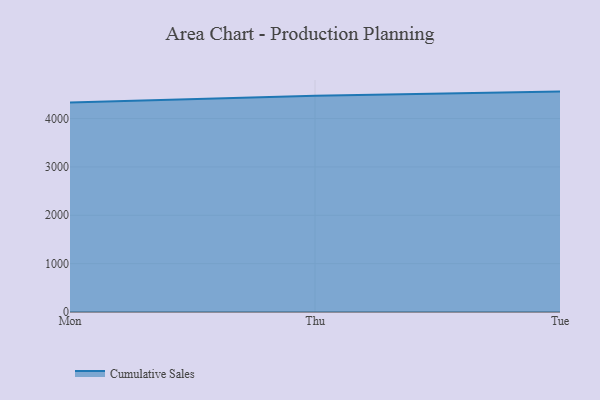
{"axis": {"x": "Day", "y": "Inventory Turnover"}, "legend": ["Cumulative Sales"], "data": [{"x": "Mon", "y": 4331.4, "type": "Cumulative Sales"}, {"x": "Thu", "y": 4474.5, "type": "Cumulative Sales"}, {"x": "Tue", "y": 4558.0, "type": "Cumulative Sales"}]}